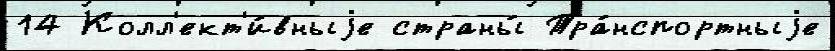
14 Колл'ект'и́вныjе страны́ Тра́нспортныjе